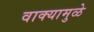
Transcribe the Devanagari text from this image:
वाक्यामुळे